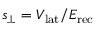
s _ { \perp } = V _ { \mathrm { l a t } } / E _ { \mathrm { r e c } }